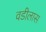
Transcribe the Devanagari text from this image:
वडीलास